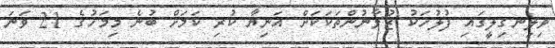
ވިލިނގިލީގައި ފުލުހަކު ޒުވާނުންތަކަކަށް އަނިޔާ ކުރި ކަމަށް ބުނެ މިމަހުގެ 21 ވަނަ